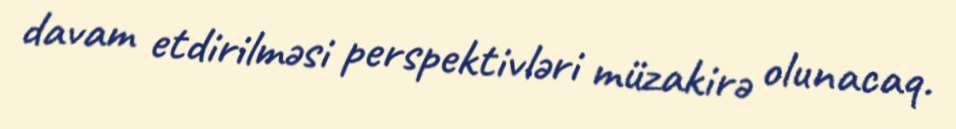
davam etdirilməsi perspektivləri müzakirə olunacaq.